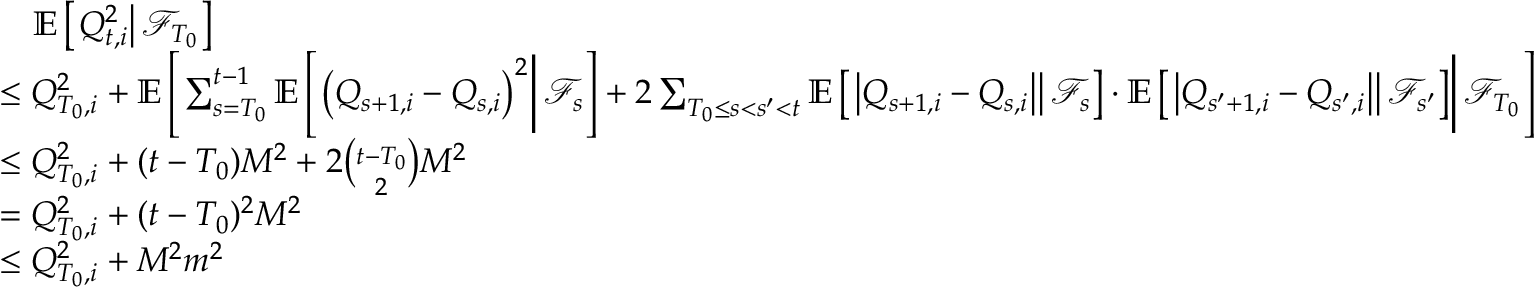
\begin{array} { r l } & { \quad \mathbb E \left[ \left. Q _ { t , i } ^ { 2 } \right\rvert \mathcal F _ { T _ { 0 } } \right] } \\ & { \le Q _ { T _ { 0 } , i } ^ { 2 } + \mathbb E \left[ \left. \sum _ { s = T _ { 0 } } ^ { t - 1 } \mathbb E \left[ \left. \left( Q _ { s + 1 , i } - Q _ { s , i } \right) ^ { 2 } \right\rvert \mathcal F _ { s } \right] + 2 \sum _ { T _ { 0 } \le s < s ^ { \prime } < t } \mathbb E \left[ \left. \left\lvert Q _ { s + 1 , i } - Q _ { s , i } \right\rvert \right\rvert \mathcal F _ { s } \right] \cdot \mathbb E \left[ \left. \left\lvert Q _ { s ^ { \prime } + 1 , i } - Q _ { s ^ { \prime } , i } \right\rvert \right\rvert \mathcal F _ { s ^ { \prime } } \right] \right\rvert \mathcal F _ { T _ { 0 } } \right] } \\ & { \le Q _ { T _ { 0 } , i } ^ { 2 } + ( t - T _ { 0 } ) M ^ { 2 } + 2 \binom { t - T _ { 0 } } { 2 } M ^ { 2 } } \\ & { = Q _ { T _ { 0 } , i } ^ { 2 } + ( t - T _ { 0 } ) ^ { 2 } M ^ { 2 } } \\ & { \le Q _ { T _ { 0 } , i } ^ { 2 } + M ^ { 2 } m ^ { 2 } } \end{array}